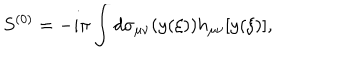
S ^ { ( 0 ) } = - i \pi \int d \sigma _ { \mu \nu } ( y ( \xi ) ) h _ { \mu \nu } [ y ( \xi ) ] ,